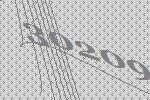
30209